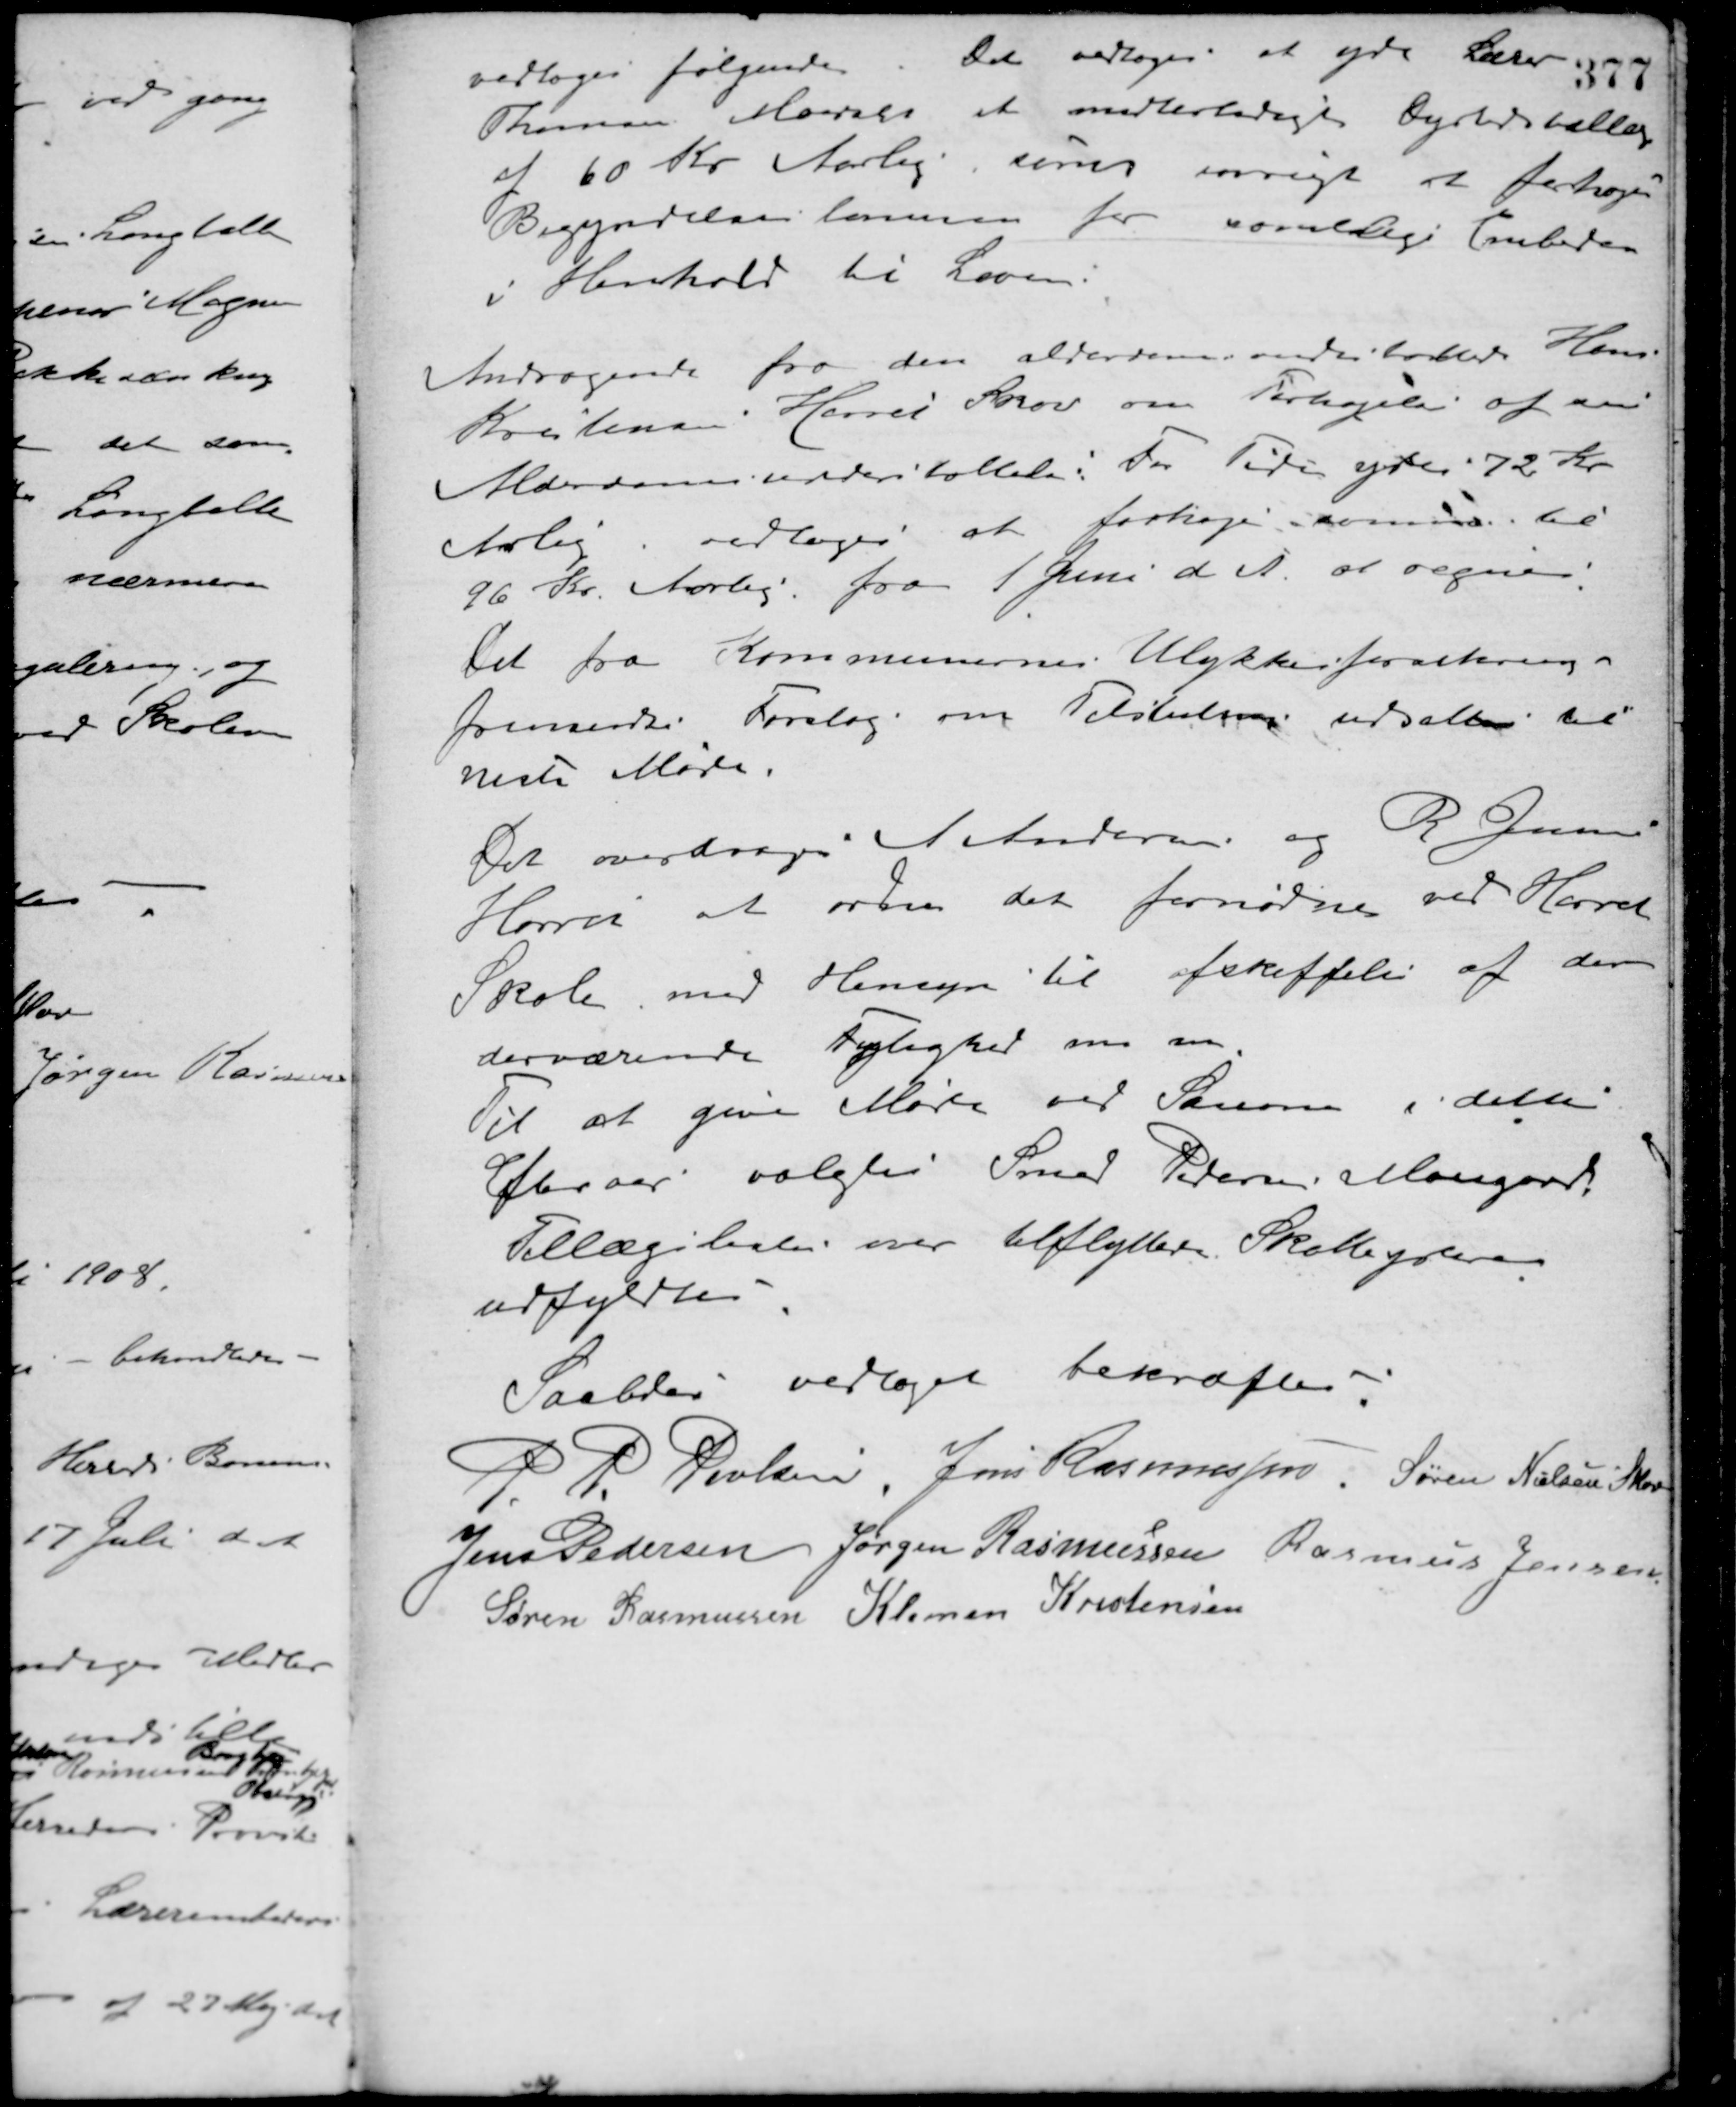
Transskription:
vedtoges følgende. Det vedtoges at yde Lærer
Thomsen Maarslet et midlertidigt Dyrtidstillæg
af 60 Kr. Aarlig, samt iøvrigt at forhøje
Begyndelseslønnen for samtlige Embeder
i Henhold til Loven.
Andragende fra den alderdomsunderstøttede Hans
Kristensen i Hørret Skov om Forhøjelse af sin
Alderdomsunderstøttelse: for Tiden ydes 72 Kr.
Aarlig vedtoges at forhøje samme til
96 Kr. Aarlig fra 1 Juni d. A. at regne.
Det fra Kommunernes Ulykkesforsikring
fremsendte Forslag om Tilslutning udsattes til
næste Møde.
Det overdroges A. Andersen og R. Jensen
Hørret at ordne det fornødne ved Hørret
Skole med Hensyn til afskaffelse af den
derværende Lejlighed m. m.
Til at give Møde ved Sessionen i dette
Efteraar valgtes Smed Petersen Moesgaard.
Tillægslisten over tilflyttede Skatteydere
udfyldtes.
Saales vedtaget bekræftes.
P. P. Poulsen Jens Rasmussen Søren Nielsen Skov
Jens Pedersen Jørgen Rasmussen Rasmus Jensen
Søren Rasmussen Klemen Kristensen